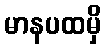
မာနပထမှိ